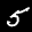
Label: 5